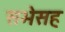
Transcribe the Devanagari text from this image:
सभेसह